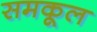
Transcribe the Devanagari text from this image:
समकूल